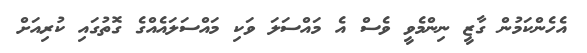
އެހެންކަމުން ގާޒީ ނިންމެވީ ވެސް އެ މައްސަލަ ވަކި މައްސަލައެއްގެ ގޮތުގައި ކުރިއަށް